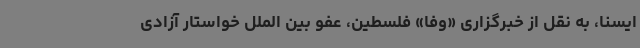
ایسنا، به نقل از خبرگزاری «وفا» فلسطین، عفو بین الملل خواستار آزادی